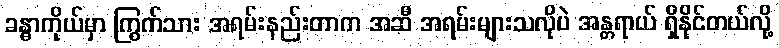
ခန္ဓာကိုယ်မှာ ကြွက်သား အရမ်းနည်းတာက အဆီ အရမ်းများသလိုပဲ အန္တရာယ် ရှိနိုင်တယ်လို့